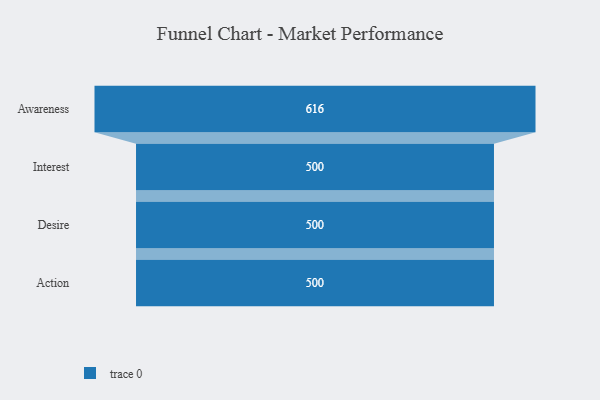
{"axis": {"x": "Stage", "y": "Value"}, "legend": [""], "data": [{"x": "Awareness", "y": 616.0, "type": ""}, {"x": "Interest", "y": 500, "type": ""}, {"x": "Desire", "y": 500, "type": ""}, {"x": "Action", "y": 500, "type": ""}]}